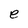
Character: e